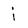
Character: i